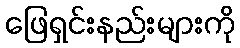
ဖြေရှင်းနည်းများကို